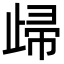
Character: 㱕